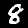
Digit: 8